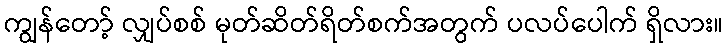
ကျွန်တော့် လျှပ်စစ် မုတ်ဆိတ်ရိတ်စက်အတွက် ပလပ်ပေါက် ရှိလား။